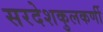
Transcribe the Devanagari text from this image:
सरदेशकुलकर्णी